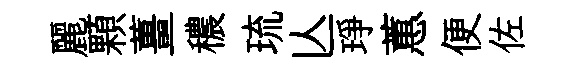
麗顆薑穠琉亾琤蕙便佐